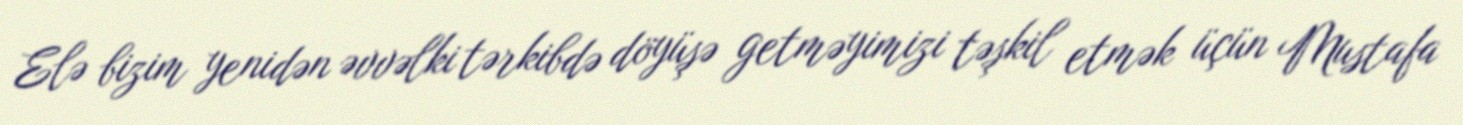
Elə bizim yenidən əvvəlki tərkibdə döyüşə getməyimizi təşkil etmək üçün Mustafa